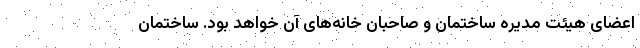
اعضای هیئت مدیره ساختمان و صاحبان خانه‌های آن خواهد بود. ساختمان